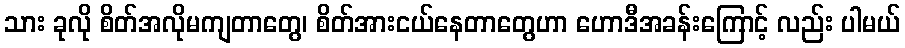
သား ခုလို စိတ်အလိုမကျတာတွေ၊ စိတ်အားငယ်နေတာတွေဟာ ဟောဒီအခန်းကြောင့် လည်း ပါမယ်